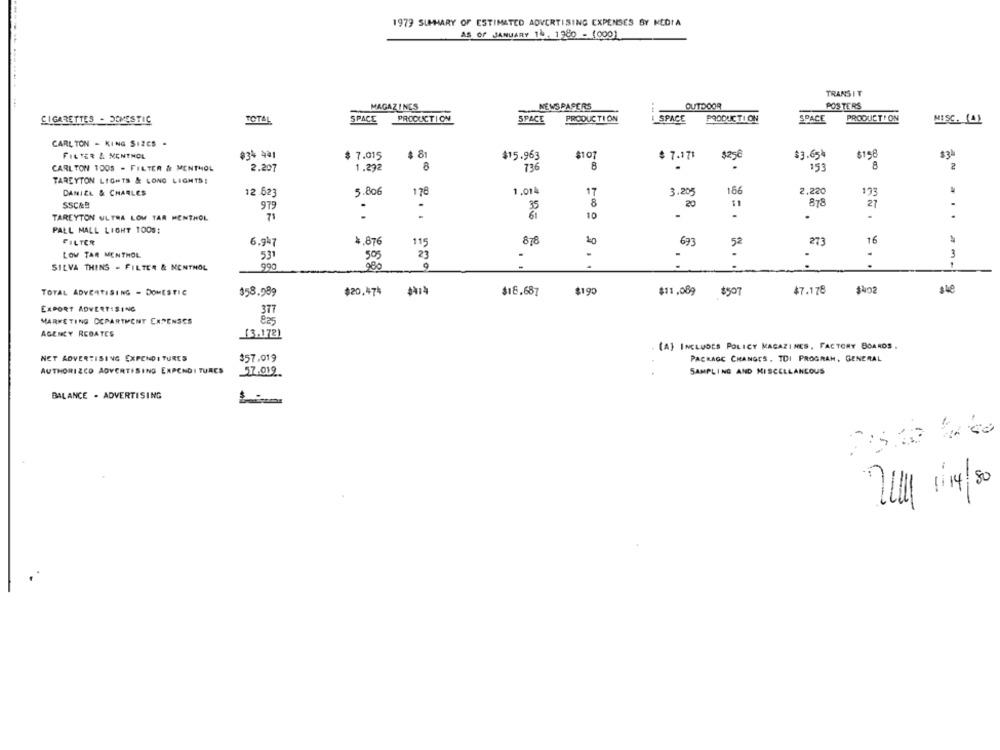
1979 SUMMARY OF ESTIMATED ADVERTISING EXPENSES BY MEDIA
AS of JANUARY 14 1 9de . 00001
---
TRANSIT
MAGAZINES
NEWSPAPERS
OUTDOOR
POSTERS
CIGARETTES - DOMESTIC
TOTA
SPACE
PRODUCTION
5PACE
PRODUCTION
44 4
SPACE
PRODUCTION
SPACE
PRODUCTION
MISC. (A)
CARLTON - KING SIZES .
FILTER & MENTHOL
$3% 4*1
7.015
$ 8
$15.963
$101
$ 7.171
$250
$3.65
$198
8
8
8
2
CARLTON 1005 - FILTER & MENTHOL
2.207
1.292
736
153
TAREYTON LIGHTS & LONG LIGHTS!
DANIEL & CHARLES
12 623
3.80€
178
1.014
17
3.205
186
2,220
8
20
878
27
SSC&B
979
TAREYTON ULTRA LOW TAR MENTHOL
:
.
10
-
.
.
PALL MALL LIGHT 1005:
FILTER
4.876
878
16
6.947
115
673
273
LOW TAR MENTHOL
531
505
23
-
3
. .
SILVA THING - FILTER & MENTHOL
990
98g
.. .
TOTAL ADYCATISING - DOMESTIC
$58.989
$20,474
** 14
$18.687
$190
$11.089
$507
$7.178
$40
$ 48
EXPORT ADVERTISING
377
MARKETING CCPARTMENT CAPENSES
AGENCY REBATES
(3.172)
(A) INCLUDES POLICY MAGAZINES, FACTORY BOAROS.
NET ADVERTISING EXPENDITURES
$57.019
PACKAGE CHANGES, TOI PROGRAM, GENERAL
AUTHORIZCO ADVERTISING EXPENDI TURES
57.019
SAMPLING AND MISCELLANEOUS
BALANCE . ADVERTISING
-